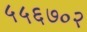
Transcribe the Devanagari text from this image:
५५६७०२